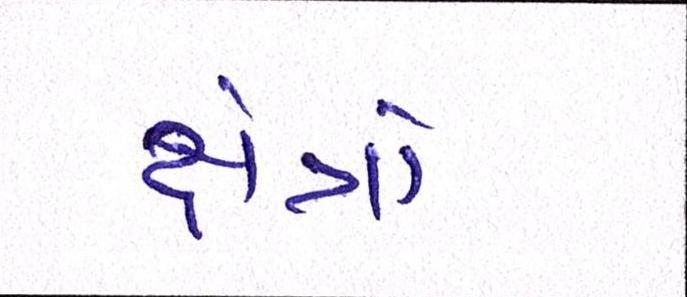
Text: ક્ષેત્રો